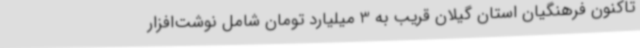
تاکنون فرهنگیان استان گیلان قریب به 3 میلیارد تومان شامل نوشت‌افزار